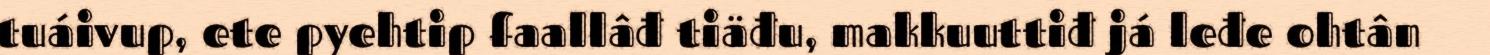
tuáivup, ete pyehtip faallâđ tiäđu, makkuuttiđ já leđe ohtân